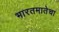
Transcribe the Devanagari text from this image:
भारतमातेचा